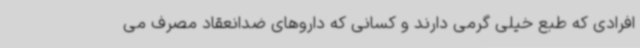
افرادی که طبع خیلی گرمی دارند و کسانی که داروهای ضدانعقاد مصرف می